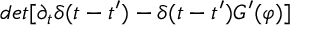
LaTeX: d e t [ \partial _ { t } \delta ( t - t ^ { \prime } ) - \delta ( t - t ^ { \prime } ) G ^ { \prime } ( \varphi ) ]